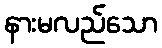
နားမလည်သော